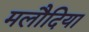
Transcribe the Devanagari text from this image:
मलौदिया